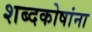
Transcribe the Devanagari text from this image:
शब्दकोषांना